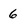
Character: 6